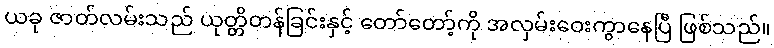
ယခု ဇာတ်လမ်းသည် ယုတ္တိတန်ခြင်းနှင့် တော်တော့်ကို အလှမ်းဝေးကွာနေပြီ ဖြစ်သည်။